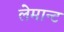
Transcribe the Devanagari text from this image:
लेमान्ट